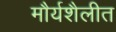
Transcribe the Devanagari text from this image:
मौर्यशैलीत